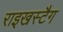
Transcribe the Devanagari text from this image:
राइखस्टैग